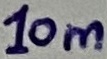
Text: 10m